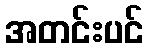
အတင်းပင်